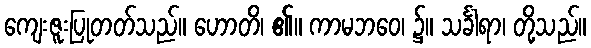
ကျေးဇူးပြုတတ်သည်။ ဟောတိ၊ ၏။ ကာမဘဝေ၊ ၌။ သင်္ခါရာ၊ တို့သည်။